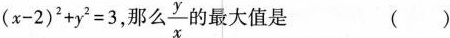
$$( x - 2 ) ^ { 2 } + y ^ { 2 } = 3$$，那么 \frac{y}{x} 的最大值是 ( )